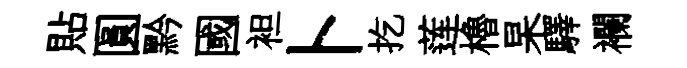
貼圓黔國袒卜扢莲櫓杲驛襴